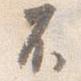
不